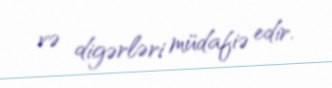
və digərləri müdafiə edir.